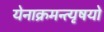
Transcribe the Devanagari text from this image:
येनाक्रमन्त्यृषयो